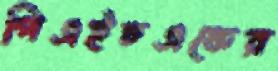
পিএইচএফের